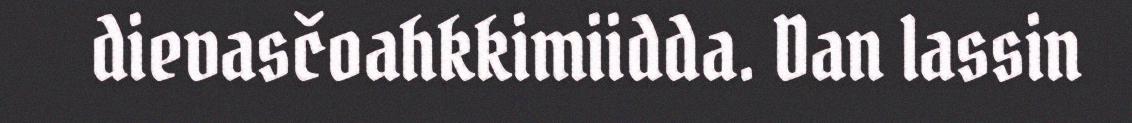
dievasčoahkkimiidda. Dan lassin